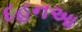
દહનઆ